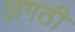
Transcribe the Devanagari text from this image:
अगठी